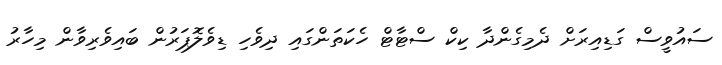
ސައުވީސް ގަޑިއިރަށް ދެމިގެންދާ ކިކް ސްޓާޓް ހެކަތަންގައި ދިވެހި ޑިވެލޮޕަރުން ބައިވެރިވާން މިހާރު